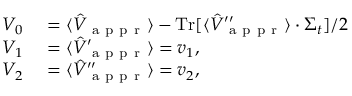
\begin{array} { r l } { V _ { 0 } } & { { } = \langle \hat { V } _ { \mathrm { ~ a ~ p ~ p ~ r ~ } } \rangle - \operatorname { T r } [ \langle \hat { V } _ { \mathrm { ~ a ~ p ~ p ~ r ~ } } ^ { \prime \prime } \rangle \cdot \Sigma _ { t } ] / 2 } \\ { V _ { 1 } } & { { } = \langle \hat { V } _ { \mathrm { ~ a ~ p ~ p ~ r ~ } } ^ { \prime } \rangle = v _ { 1 } , } \\ { V _ { 2 } } & { { } = \langle \hat { V } _ { \mathrm { ~ a ~ p ~ p ~ r ~ } } ^ { \prime \prime } \rangle = v _ { 2 } , } \end{array}